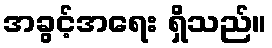
အခွင့်အရေး ရှိသည်။